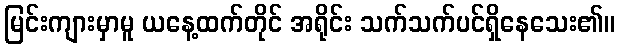
မြင်းကျားမှာမူ ယနေ့ထက်တိုင် အရိုင်း သက်သက်ပင်ရှိနေသေး၏။